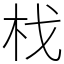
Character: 𣏾